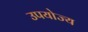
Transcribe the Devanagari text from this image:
उपयोज्य